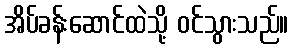
အိပ်ခန်းဆောင်ထဲသို့ ဝင်သွားသည်။